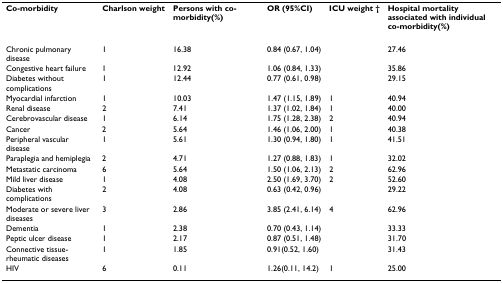
| Co-morbidity | Charlson weight | Persons with co-morbidity(%) | OR (95%CI) | ICU weight † | Hospital mortality associated with individual co-morbidity(%) |
 | --- | --- | --- | --- | --- | --- |
 | Chronic pulmonary disease | 1 | 16.38 | 0.84 (0.67, 1.04) |  | 27.46 |
 | Congestive heart failure | 1 | 12.92 | 1.06 (0.84, 1.33) |  | 35.86 |
 | Diabetes without complications | 1 | 12.44 | 0.77 (0.61, 0.98) |  | 29.15 |
 | Myocardial infarction | 1 | 10.03 | 1.47 (1.15, 1.89) | 1 | 40.94 |
 | Renal disease | 2 | 7.41 | 1.37 (1.02, 1.84) | 1 | 40.00 |
 | Cerebrovascular disease | 1 | 6.14 | 1.75 (1.28, 2.38) | 2 | 40.94 |
 | Cancer | 2 | 5.64 | 1.46 (1.06, 2.00) | 1 | 40.38 |
 | Peripheral vascular disease | 1 | 5.61 | 1.30 (0.94, 1.80) | 1 | 41.51 |
 | Paraplegia and hemiplegia | 2 | 4.71 | 1.27 (0.88, 1.83) | 1 | 32.02 |
 | Metastatic carcinoma | 6 | 5.64 | 1.50 (1.06, 2.13) | 2 | 62.96 |
 | Mild liver disease | 1 | 4.08 | 2.50 (1.69, 3.70) | 2 | 52.60 |
 | Diabetes with complications | 2 | 4.08 | 0.63 (0.42, 0.96) |  | 29.22 |
 | Moderate or severe liver diseases | 3 | 2.86 | 3.85 (2.41, 6.14) | 4 | 62.96 |
 | Dementia | 1 | 2.38 | 0.70 (0.43, 1.14) |  | 33.33 |
 | Peptic ulcer disease | 1 | 2.17 | 0.87 (0.51, 1.48) |  | 31.70 |
 | Connective tissue-rheumatic diseases | 1 | 1.85 | 0.91(0.52, 1.60) |  | 31.43 |
 | HIV | 6 | 0.11 | 1.26(0.11, 14.2) | 1 | 25.00 |